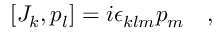
[ J _ { k } , p _ { l } ] = i \epsilon _ { k l m } p _ { m } ~ ~ ~ ,